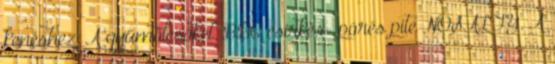
kenéshez. A gyümölcsöket. BBC csirkés- pórés pite NOSALTY. A